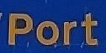
Port